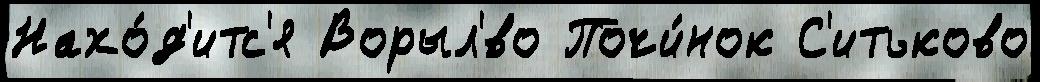
Нахо́д'итс'я Ворыл'́во Почи́нок С'итьково